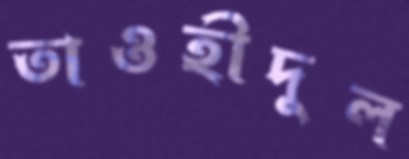
তাওহীদুল